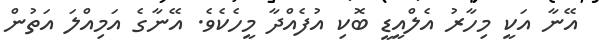
އޭނާ އަކީ މިހާރު އެލްއީޑީ ބޮކި އުފެއްދާ މީހެކެވެ. އޭނާާގެ އަމިއްލަ އަތުން